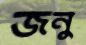
জনু